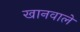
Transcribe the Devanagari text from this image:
खानवाले